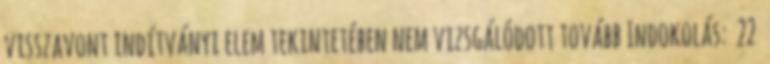
visszavont indítványi elem tekintetében nem vizsgálódott tovább Indokolás: 22